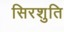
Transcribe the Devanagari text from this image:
सिरशुति